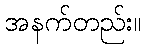
အနက်တည်း။